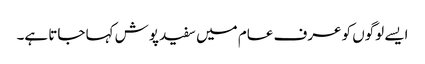
ایسے لوگوں کو عرف عام میں سفید پوش کہا جاتا ہے۔